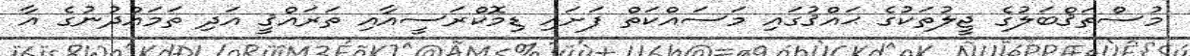
މުސްތަޤްބަލުގެ ޖީލުތަކުގެ ޙައްޤުގައި މަސައްކަތް ފަށައި ޑިމޮކްރަސީއާއި ތަރައްޤީ އަދި ތަމައްދުނުގެ އާ